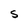
Character: s